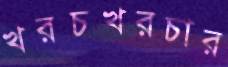
খরচখরচার